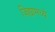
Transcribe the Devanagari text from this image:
जिह्यामध्ये